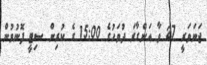
ޖަނަވަރީ 27 ވާ އަންގާރަ ދުވަހުގެ 15:00 ގެ ކުރިން ސިޓީ ފޮނުވުން